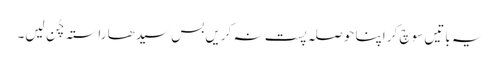
یہ باتیں سوچ کر اپنا حوصلہ پست نہ کریں بس سیدھا راستہ چُن لیں۔